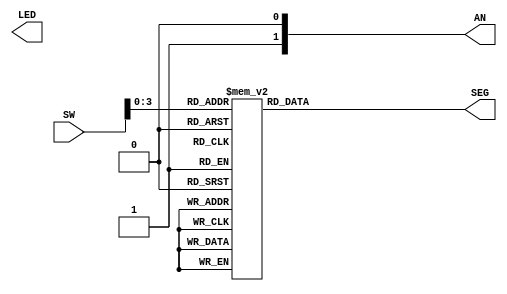
`timescale 1ns / 1ps
//////////////////////////////////////////////////////////////////////////////////
// Company: 
// Engineer: 
// 
// Design Name: 
// Module Name: Decode
// Project Name: 
// Target Devices: 
// Tool Versions: 
// Description: 
// 
// Dependencies: 
// 
// Revision:
// Revision 0.01 - File Created
// Additional Comments:
// 
//////////////////////////////////////////////////////////////////////////////////


module decoder(SW, SEG, AN, LED);
	input [15:0] SW;       // 16
	output [7:0] SEG;      // 7
	output [7:0] AN;       // 7
	output [15:0] LED;     // 16LED
	reg [7:0] SEG;

	
always@(SW)begin
    case (SW[3:0])
        4'b0000: SEG = 8'b11000000;
        4'b0001: SEG = 8'b11111001;
        4'b0010: SEG = 8'b10100100;
        4'b0011: SEG = 8'b10110000;
        4'b0100: SEG = 8'b10011001;
        4'b0101: SEG = 8'b10010010;
        4'b0110: SEG = 8'b10000010;
        4'b0111: SEG = 8'b11111000;
        4'b1000: SEG = 8'b10000000;
        4'b1001: SEG = 8'b10011000;
        4'b1010: SEG = 8'b10001000;
        4'b1011: SEG = 8'b10000011;
        4'b1100: SEG = 8'b11000110;
        4'b1101: SEG = 8'b10100001;
        4'b1110: SEG = 8'b10000110;
        4'b1111: SEG = 8'b10001110;
        default:;
    endcase
end
endmodule